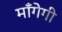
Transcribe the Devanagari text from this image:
माँगेगी